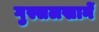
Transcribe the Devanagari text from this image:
गुस्सलखानें